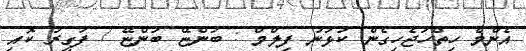
އެންމެ ހިތްހަޖެހިގެން ކުޅުނު ފިލްމް : ބުންޏޭ ބުންޏޭ / ފަގީރު ކޮއި